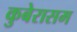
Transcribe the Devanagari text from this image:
कुबेरासम